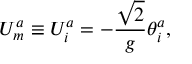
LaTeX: U _ { m } ^ { a } \equiv U _ { i } ^ { a } = - { \frac { \sqrt { 2 } } { g } } \theta _ { i } ^ { a } ,